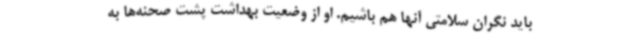
باید نگران سلامتی آنها هم باشیم. او از وضعیت بهداشت پشت صحنه‌ها به